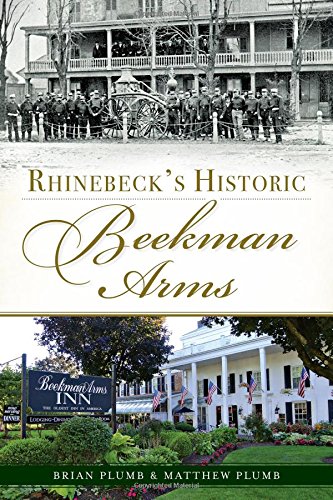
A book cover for Rhinebeck's Historic Beekman Arms (Landmarks); Brian E. Plumb; Travel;